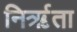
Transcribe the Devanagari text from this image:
निर्ऋता